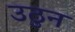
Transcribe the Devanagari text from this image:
उठुन